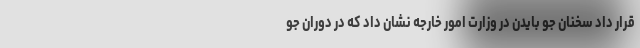
قرار داد سخنان جو بایدن در وزارت امور خارجه نشان داد که در دوران جو